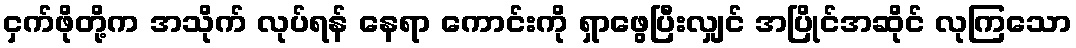
ငှက်ဖိုတို့က အသိုက် လုပ်ရန် နေရာ ကောင်းကို ရှာဖွေပြီးလျှင် အပြိုင်အဆိုင် လုကြသော